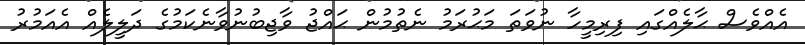
އެއްވެސް ޙާލެއްގައި ފިރިމީހާ ނުވަތަ މަޙުރަމު ނެތުމުން ޙައްޖު ވާޖިބުނުވާނެކަމުގެ ދަލީލެއް އެއަމުރު